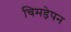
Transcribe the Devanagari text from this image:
चिमड़ेपन